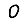
Digit: 0